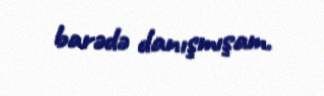
barədə danışmışam.